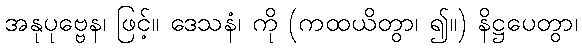
အနုပုဗ္ဗေန၊ ဖြင့်။ ဒေသနံ၊ ကို (ကထယိတွာ၊ ၍။) နိဋ္ဌပေတွာ၊